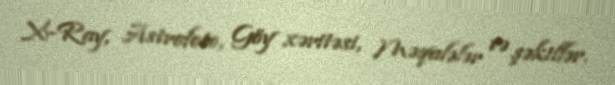
X-Ray, Astrofoto, Göy xəritəsi, Məqalələr və şəkillər.